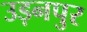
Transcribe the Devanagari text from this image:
उड़नपुर